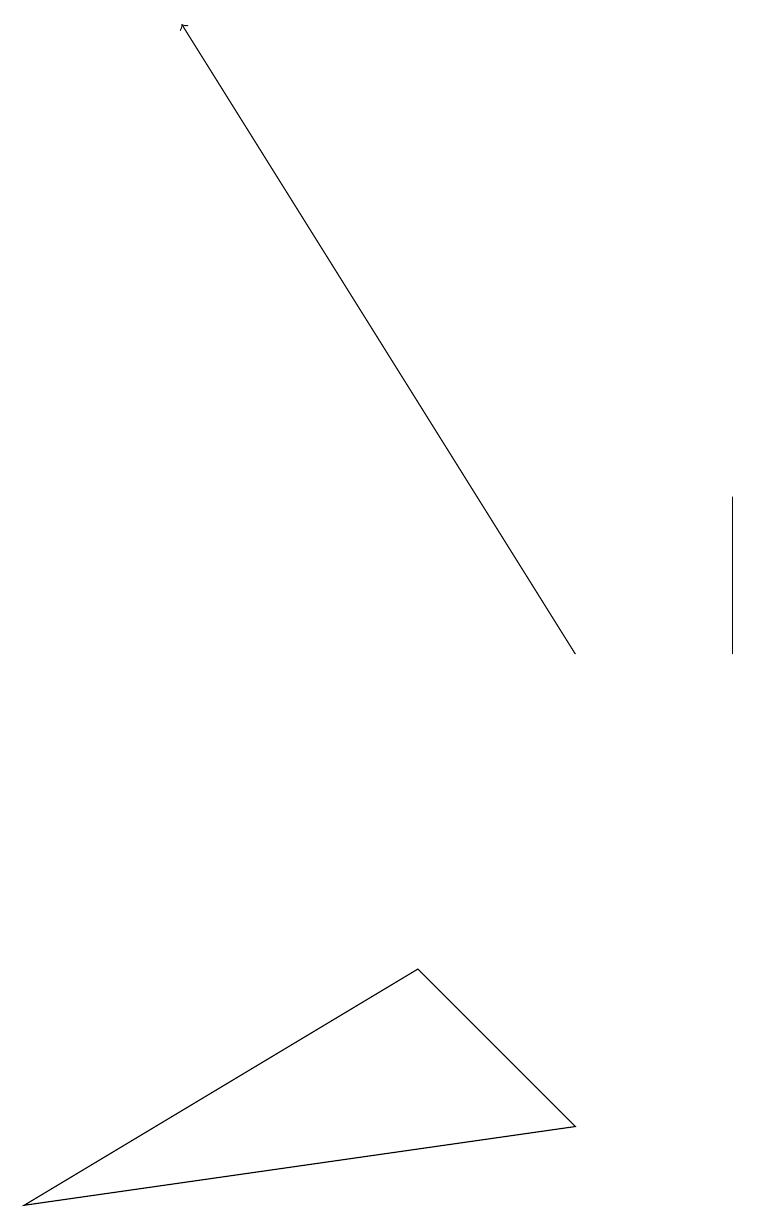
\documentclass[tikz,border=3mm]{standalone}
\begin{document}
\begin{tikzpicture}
\draw (7,4) -- (0,3) -- (5,6) -- cycle;
\draw (9,10) rectangle (9,12);
\draw[->] (7,10) -- (2,18);
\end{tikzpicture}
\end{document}